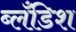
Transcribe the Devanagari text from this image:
ब्लँडिश